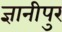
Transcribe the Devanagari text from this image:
ज्ञानीपुर